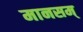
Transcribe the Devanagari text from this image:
मानसम्